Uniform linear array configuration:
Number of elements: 48
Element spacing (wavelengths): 0.5
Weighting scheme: blackman
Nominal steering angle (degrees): -45
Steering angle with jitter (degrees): -45.41
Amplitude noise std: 0.05
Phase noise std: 0.05

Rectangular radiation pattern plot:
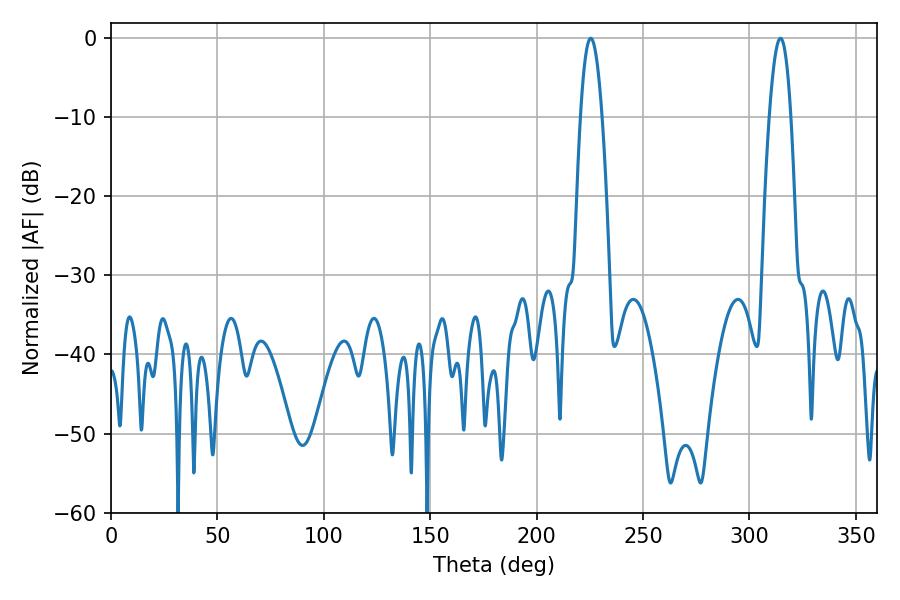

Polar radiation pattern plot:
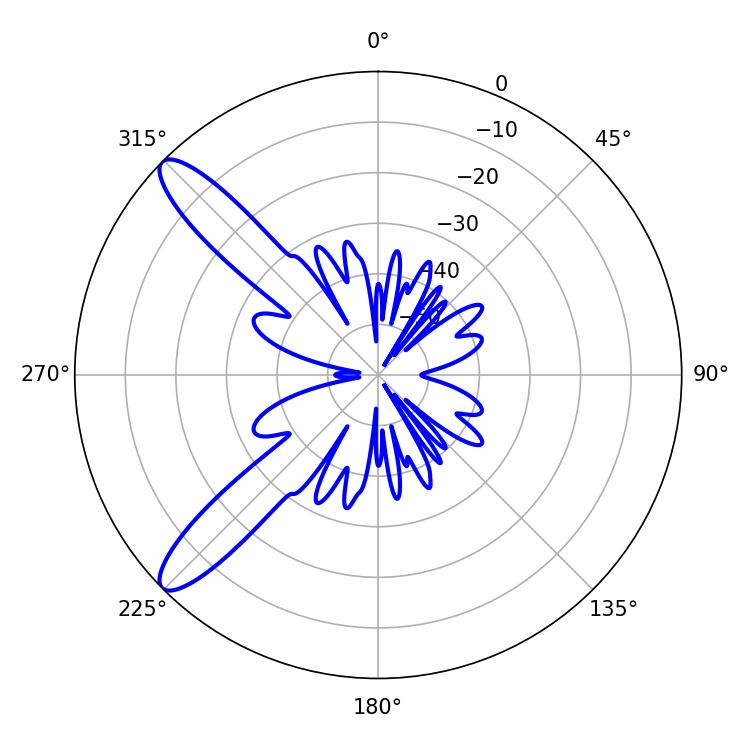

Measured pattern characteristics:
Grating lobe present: FALSE
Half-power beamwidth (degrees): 5.58
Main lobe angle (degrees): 225.36